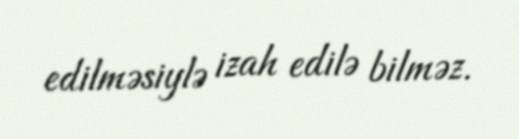
edilməsiylə izah edilə bilməz.